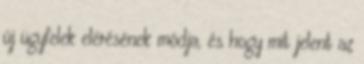
új ügyfelek elérésének módja, és hogy mit jelent az